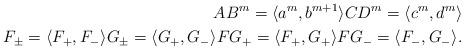
LaTeX: \begin{align*} AB^m=\langle a^m,b^{m+1} \rangle CD^m=\langle c^m,d^m\rangle \\ F_\pm=\langle F_+,F_-\rangle G_\pm=\langle G_+,G_-\rangle FG_+=\langle F_+,G_+\rangle FG_-=\langle F_-,G_-\rangle. \end{align*}